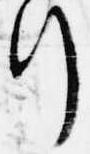
行